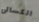
الكسالى